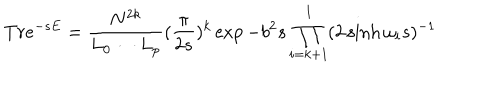
T r e ^ { - s E } = \frac { N ^ { 2 k } } { L _ { 0 } \cdots L _ { p } } ( \frac { \pi } { 2 s } ) ^ { k } \exp { - b ^ { 2 } s } \prod _ { i = k + 1 } ^ { l } ( 2 \sinh \omega _ { i } s ) ^ { - 1 }